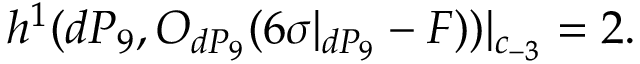
h ^ { 1 } ( d P _ { 9 } , { \cal O } _ { d P _ { 9 } } ( 6 \sigma | _ { d P _ { 9 } } - F ) ) | _ { c _ { - 3 } } = 2 .